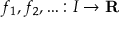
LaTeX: f _ { 1 } , f _ { 2 } , \dotsc \colon I \rightarrow \mathbf { R }